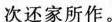
次还家所作。